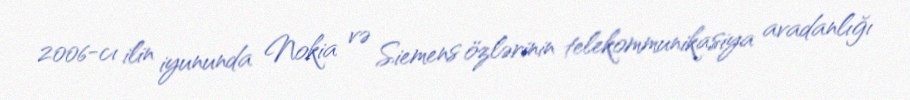
2006-cı ilin iyununda Nokia və Siemens özlərinin telekommunikasiya avadanlığı